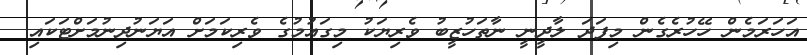
އަހަރަމެން ހޭހުރެގެން މިފަދަ ލާދީނީ ނާތަހުޒީބު ވެރިޔަކު މިގައުމުގެ ވެރިކަމަށް އަޔަނުދިނުމަށްޓަކައި